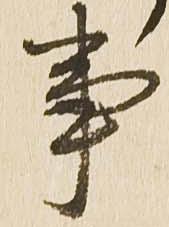
事